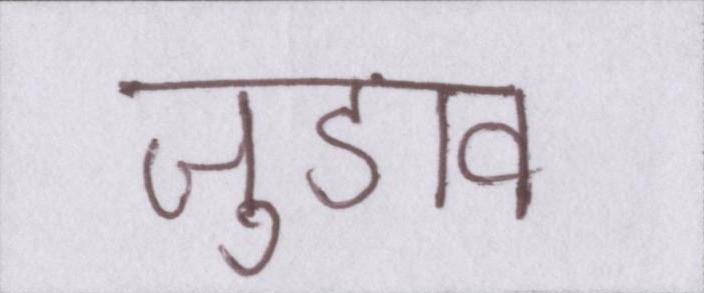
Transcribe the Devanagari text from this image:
जुडाव